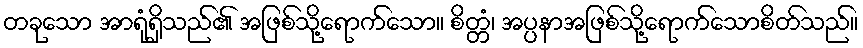
တခုသော အာရုံရှိသည်၏ အဖြစ်သို့ရောက်သော။ စိတ္တံ၊ အပ္ပနာအဖြစ်သို့ရောက်သောစိတ်သည်။